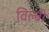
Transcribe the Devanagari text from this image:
विल्बी